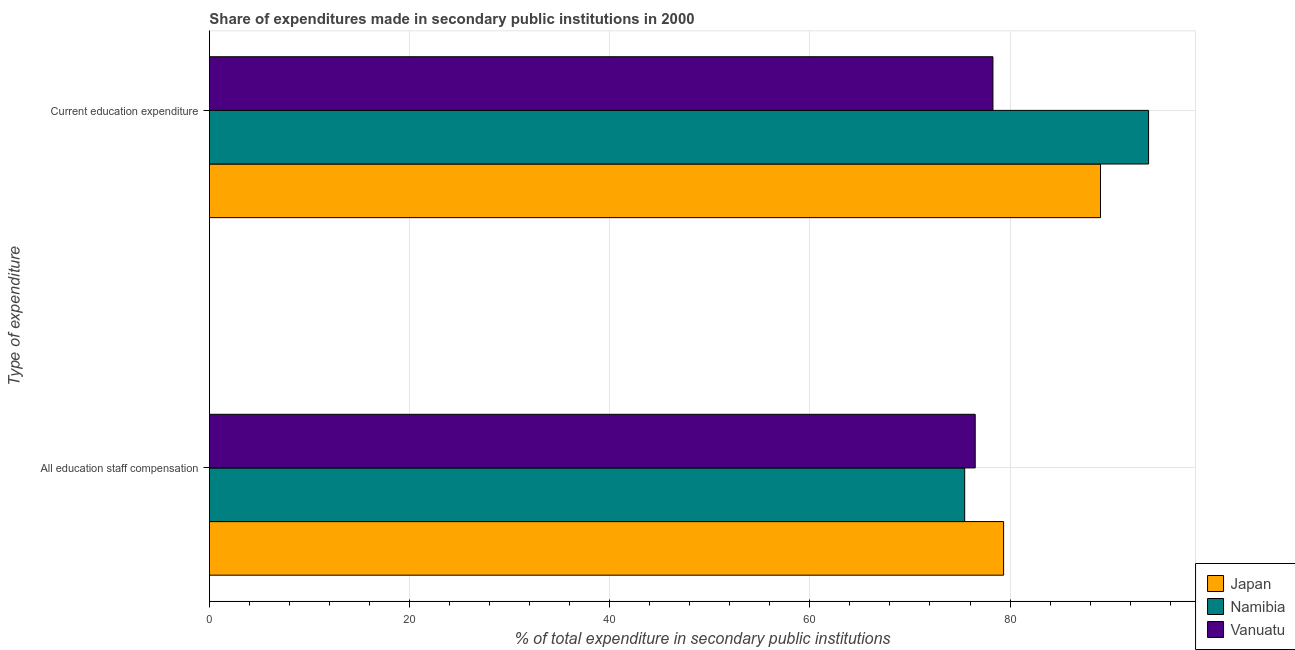
| Type of expenditure | Japan | Namibia | Vanuatu |
 | --- | --- | --- | --- |
 | All education staff compensation | 79.4 | 75.5 | 76.5 |
 | Current education expenditure | 89 | 93.8 | 78.3 |